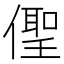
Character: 𠏄